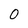
Character: 0